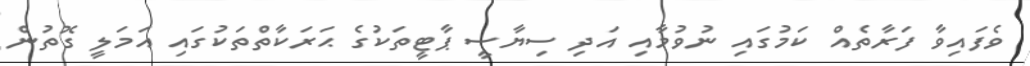
ވެފައިވާ ފަރާތެއް ކަމުގައި ނުވުމާއި އަދި ސިޔާސީ ޕާޓީތަކުގެ ޙަރަކާތްތަކުގައި އަމަލީ ގޮތުން